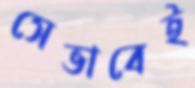
সেভাবেই